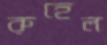
রুহেল